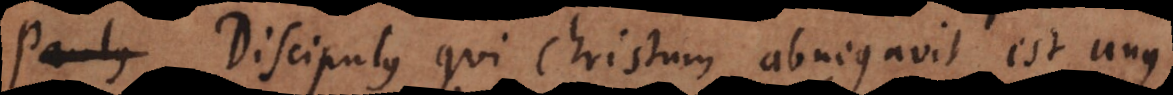
Paulus Discipulus qui Christum abnegavit est unus